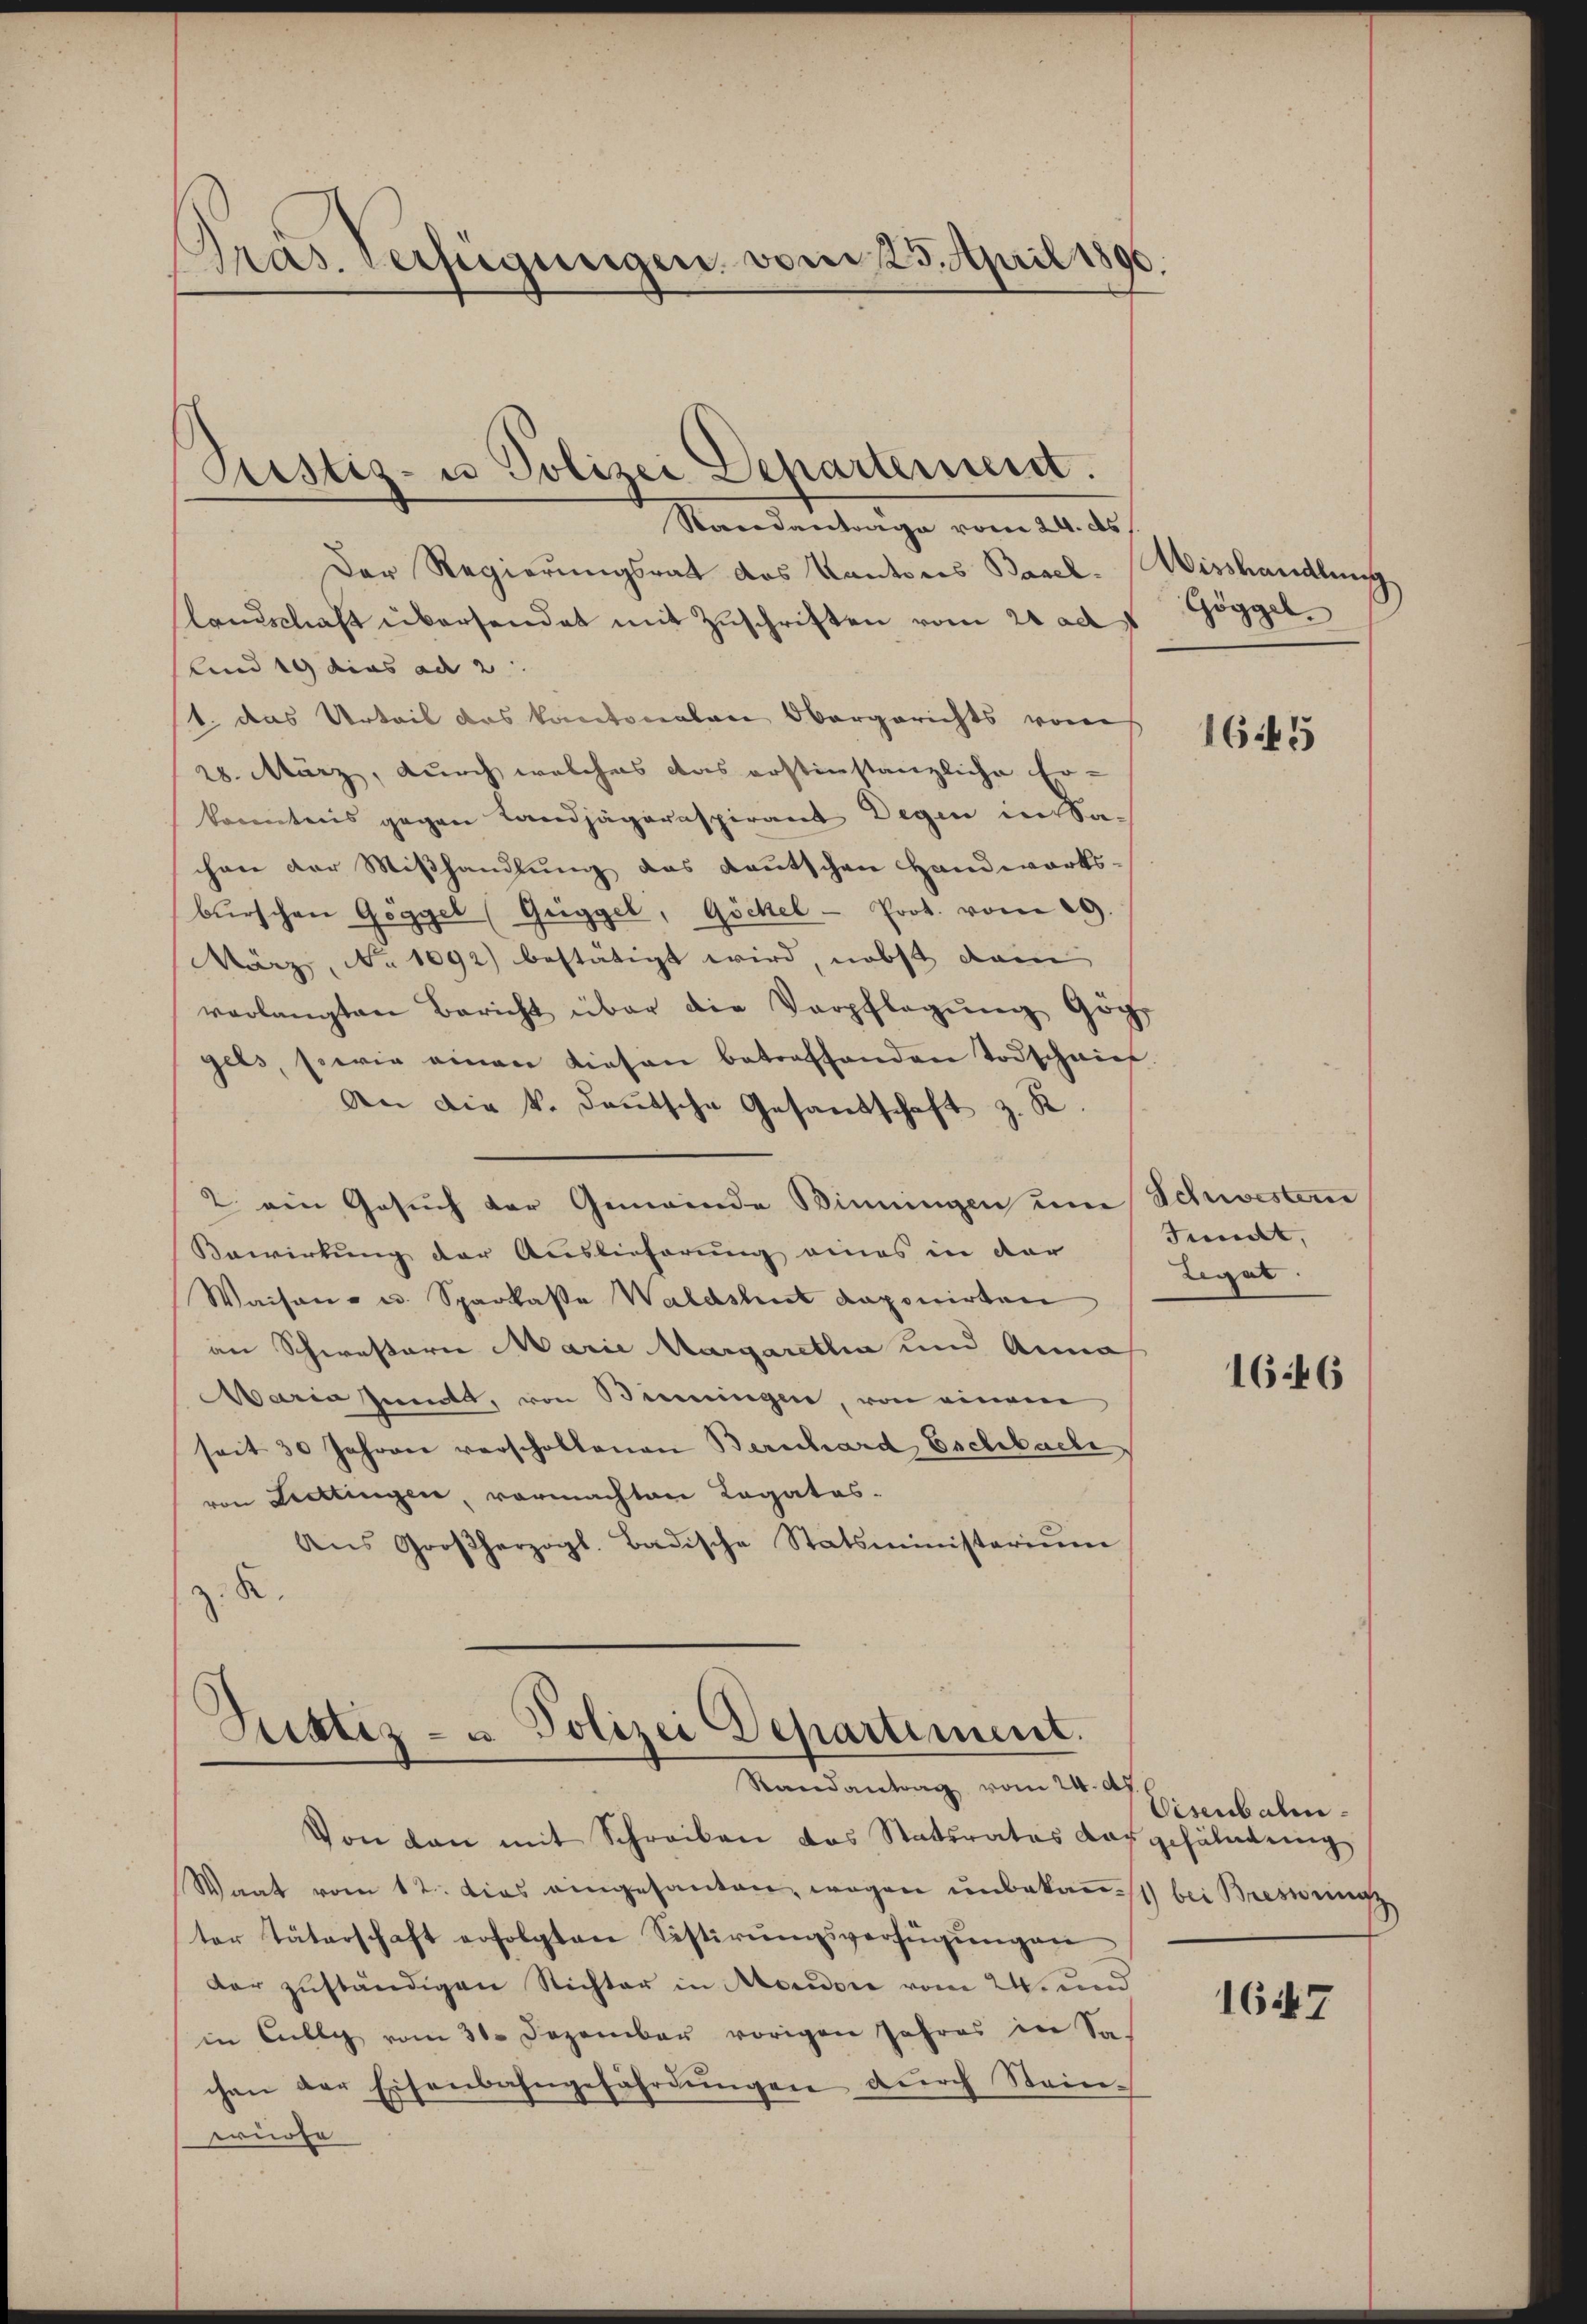
Gras. Verfügungen vom 25. April 1890.

Pustiz- u Polizei Departement.
Standantrage vom 24. ds.

Der Regierungsrat das Kantons Basel. Misshandlung
landschaft übersendet mit Zuschriften vom 21 ad
Kind 19 dies ad 2.
1. das Urteil das kantonalen Obergerichts vom
28. März, durch welches das erstinstanzliche Er-
konntens gegen Landjägeraspirant Degen in Sa-
chen der Mißhandlung das deutschen Handwerks-
bŭrschen Göggel (Griggel, Göckel - Prot. vom 29.
März, No 1092) bestätigt wird, nebst dem
verlangten Bericht über die Verpflegung Göge
gels, sowie einen diesen betreffenden Todschwier
An die k. deutsche Gesandschaft z. R
2 ein Gesuch der Gemeinde Biningen um Schwestern
Bewirkung der Auslieferung eines in der
Waisen- u. Sparkasse Waldshut deponirten
an Schwesterie Marie Margaretha und Anna
Maria sende, von Benningen, von einem
seit 30 Jahren verschollenen Berschard Eschbache,
von Liettingen, vormachten Ragatos-
Aŭs Großherzogl. Badische Statsministeriŭm

Justiz- u Polizei Departiment.
Randantrag vom 24. dh.

Von dan mit Schreiben das Statsrates das gefälntŭng
Waat vom 12. dies eingesanten, wegen unbekann bei Bressung
ter Täterschaft erfolgten Sistirŭngsverfügŭngen
dar zuständigen Richter in Moudore vom 24. und
in Cully vom 31. Dezember vorigen Jahres in Sa
chen der Eisenbahngefährdungen durch Steinwürfe

Göggel

645

Jundt,
Legat

1646

Eisenbahn¬

1647